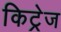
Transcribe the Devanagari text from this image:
किट्रेज